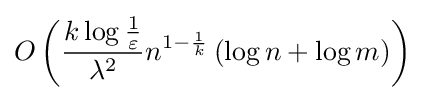
O\left({\dfrac {k\log {1 \over \varepsilon }}{\lambda ^{2}}}n^{1-{1 \over k}}\left(\log n+\log m\right)\right)